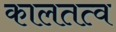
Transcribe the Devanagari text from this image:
कालतत्व